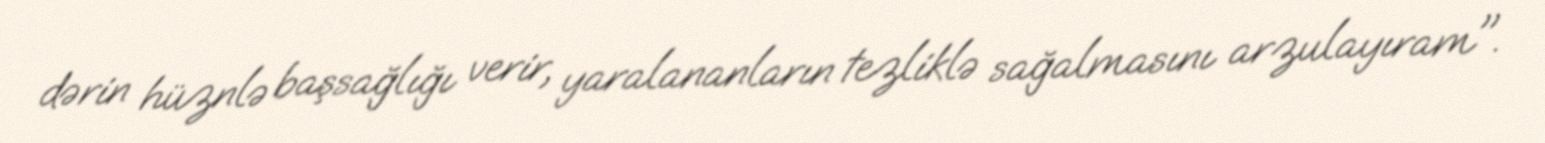
dərin hüznlə başsağlığı verir, yaralananların tezliklə sağalmasını arzulayıram".